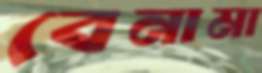
বেনামা